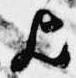
歟